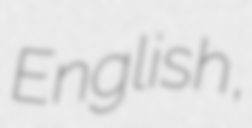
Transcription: English,